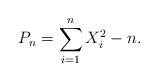
LaTeX: \begin{align*}P_n = \sum_{i=1}^n X_i^2 - n.\end{align*}